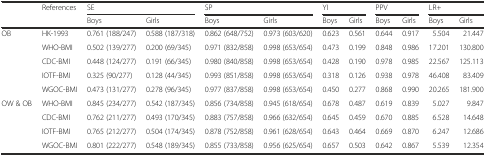
<table><thead><tr><td rowspan="2"></td><td rowspan="2"><b>References</b></td><td colspan="2"><b>SE</b></td><td colspan="2"><b>SP</b></td><td colspan="2"><b>YI</b></td><td colspan="2"><b>PPV</b></td><td colspan="2"><b>LR+</b></td></tr><tr><td><b>Boys</b></td><td><b>Girls</b></td><td><b>Boys</b></td><td><b>Girls</b></td><td><b>Boys</b></td><td><b>Girls</b></td><td><b>Boys</b></td><td><b>Girls</b></td><td><b>Boys</b></td><td><b>Girls</b></td></tr></thead><tbody><tr><td rowspan="5">OB</td><td>HK-1993</td><td>0.761 (188/247)</td><td>0.588 (187/318)</td><td>0.862 (648/752)</td><td>0.973 (603/620)</td><td>0.623</td><td>0.561</td><td>0.644</td><td>0.917</td><td>5.504</td><td>21.447</td></tr><tr><td>WHO-BMI</td><td>0.502 (139/277)</td><td>0.200 (69/345)</td><td>0.971 (832/858)</td><td>0.998 (653/654)</td><td>0.473</td><td>0.199</td><td>0.848</td><td>0.986</td><td>17.201</td><td>130.800</td></tr><tr><td>CDC-BMI</td><td>0.448 (124/277)</td><td>0.191 (66/345)</td><td>0.980 (840/858)</td><td>0.998 (653/654)</td><td>0.428</td><td>0.190</td><td>0.978</td><td>0.985</td><td>22.567</td><td>125.113</td></tr><tr><td>IOTF-BMI</td><td>0.325 (90/277)</td><td>0.128 (44/345)</td><td>0.993 (851/858)</td><td>0.998 (653/654)</td><td>0.318</td><td>0.126</td><td>0.938</td><td>0.978</td><td>46.408</td><td>83.409</td></tr><tr><td>WGOC-BMI</td><td>0.473 (131/277)</td><td>0.278 (96/345)</td><td>0.977 (837/858)</td><td>0.998 (653/654)</td><td>0.450</td><td>0.277</td><td>0.868</td><td>0.990</td><td>20.265</td><td>181.900</td></tr><tr><td rowspan="4">OW &amp; OB</td><td>WHO-BMI</td><td>0.845 (234/277)</td><td>0.542 (187/345)</td><td>0.856 (734/858)</td><td>0.945 (618/654)</td><td>0.678</td><td>0.487</td><td>0.619</td><td>0.839</td><td>5.027</td><td>9.847</td></tr><tr><td>CDC-BMI</td><td>0.762 (211/277)</td><td>0.493 (170/345)</td><td>0.883 (757/858)</td><td>0.966 (632/654)</td><td>0.645</td><td>0.459</td><td>0.670</td><td>0.885</td><td>6.528</td><td>14.648</td></tr><tr><td>IOTF-BMI</td><td>0.765 (212/277)</td><td>0.504 (174/345)</td><td>0.878 (752/858)</td><td>0.961 (628/654)</td><td>0.643</td><td>0.464</td><td>0.669</td><td>0.870</td><td>6.247</td><td>12.686</td></tr><tr><td>WGOC-BMI</td><td>0.801 (222/277)</td><td>0.548 (189/345)</td><td>0.855 (733/858)</td><td>0.956 (625/654)</td><td>0.657</td><td>0.503</td><td>0.642</td><td>0.867</td><td>5.539</td><td>12.354</td></tr></tbody></table>